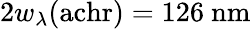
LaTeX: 2w_{\lambda}(\mathrm{achr})=126~\mathrm{nm}